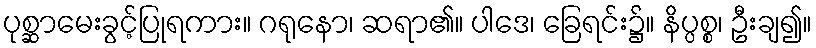
ပုစ္ဆာမေးခွင့်ပြုရကား။ ဂရုနော၊ ဆရာ၏။ ပါဒေ၊ ခြေရင်း၌။ နိပ္ပစ္စ၊ ဦးချ၍။